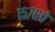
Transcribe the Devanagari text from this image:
१५७६चे